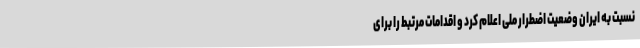
نسبت به ایران وضعیت اضطرار ملی اعلام کرد و اقدامات مرتبط را برای